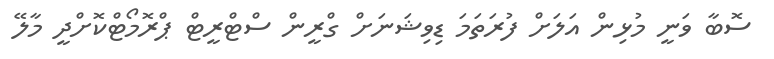
ސޮބާ ވަނީ މުޅިން އަލަށް ފުރަތަމަ ޑިވިޝަނަށް ގްރީން ސްޓްރީޓް ޕްރޮމޯޓްކޮށްދީ މާލޭ